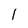
Character: 1